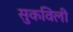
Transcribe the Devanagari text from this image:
सुकविली